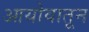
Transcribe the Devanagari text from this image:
आयोवातून